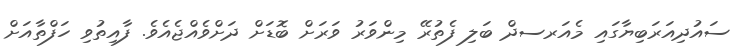
ސައުދިއަރަބިޔާގައި މެއަރސދް ބަލި ފެތުރޭ މިންވަރު ވަރަށް ބޮޑަށް ދަށްވެއްޖެއެވެ. ފާއިތުވި ހަފްތާއަށް